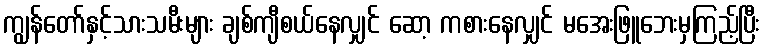
ကျွန်တော်နှင့်သားသမီးများ ချစ်ကျီစယ်နေလျှင် ဆော့ ကစားနေလျှင် မအေးဖြူဘေးမှကြည့်ပြီး